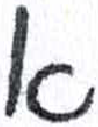
אות: א